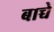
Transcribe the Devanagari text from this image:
बाच्चे